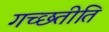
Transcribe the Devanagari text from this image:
गच्छतीति